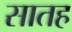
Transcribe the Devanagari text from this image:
सातह